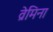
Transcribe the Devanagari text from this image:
व्रेमिना